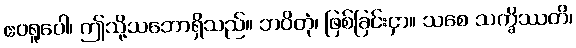
ဧဝရူပေါ၊ ဤသို့သဘောရှိသည်။ ဘဝိတုံ၊ ဖြစ်ခြင်းငှာ။ သစေ သက္ခိဿတိ၊